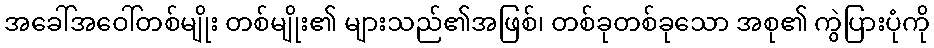
အခေါ်အဝေါ်တစ်မျိုး တစ်မျိုး၏ များသည်၏အဖြစ်၊ တစ်ခုတစ်ခုသော အစု၏ ကွဲပြားပုံကို